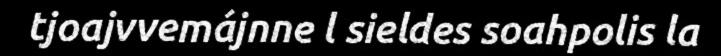
tjoajvvemájnne l sieldes soahpolis la